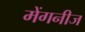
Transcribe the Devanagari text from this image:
मेंगनीज